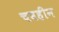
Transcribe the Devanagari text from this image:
चवहीन